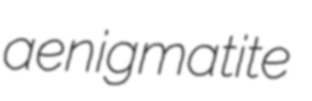
aenigmatite